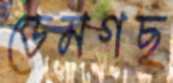
ডেমগছ